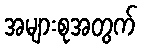
အများစုအတွက်